Report on the working of the Ranchi Indian Mental Hospital, Kanke, in Bihar and Orissa - 1930-1940
Year: 1930
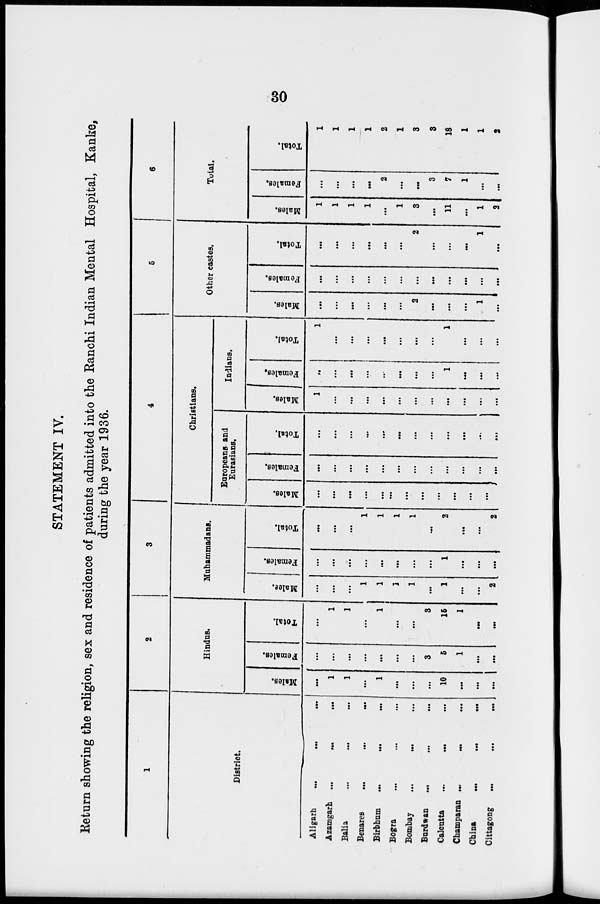
30
STATEMENT IV.
Return showing the religion, sex and residence of patients admitted into the Ranchi Indian Mental Hospital, Kanke,
during the year 1936.
1
District.
Aligarh
...
...
...
Azamgarh ... ... ...
Balia
...
...
...
Benares
...
...
...
Birbhum
...
...
...
Bogra ... ... ...
Bombay ... ... ...
Burdwan
...
...
...
Calcutta ... ... ...
Champaran ... ... ...
China ... ... ...
Cittagong ... ... ...
2
Hindus.
Males.
...
1
1
...
1
...
...
...
10
...
...
...
Females.
...
...
...
...
...
...
...
3
5
1
...
...
Total.
...
1
1
...
1
...
...
3
15
1
...
...
3
Muhammadans.
Males.
...
...
...
1
1
1
1
...
1
...
...
2
Females.
...
...
...
...
...
...
...
...
1
...
...
...
Total.
...
...
...
1
1
1
1
...
2
...
...
2
4
Christians.
Europeans and
Eurasians.
Males.
...
...
...
...
...
...
...
...
...
...
...
...
Females.
...
...
...
...
...
...
...
...
...
...
...
...
Total.
...
...
...
...
...
...
...
...
...
...
...
...
Indians.
Males.
1
...
...
...
...
...
...
...
...
...
...
...
Females.
...
...
...
...
...
...
...
...
1
...
...
...
Total.
1
...
...
...
...
...
...
...
1
...
...
...
5
Other castes.
Males.
...
...
...
...
...
...
2
...
...
...
1
...
Females.
...
...
...
...
...
...
...
...
...
...
...
...
Total.
...
...
...
...
...
...
2
...
...
...
1
...
6
Total.
Males.
1
1
1
1
...
1
3
...
11
...
1
2
Females.
...
...
...
...
2
...
...
3
7
1
...
...
Total.
1
1
1
1
2
1
3
3
18
1
1
2